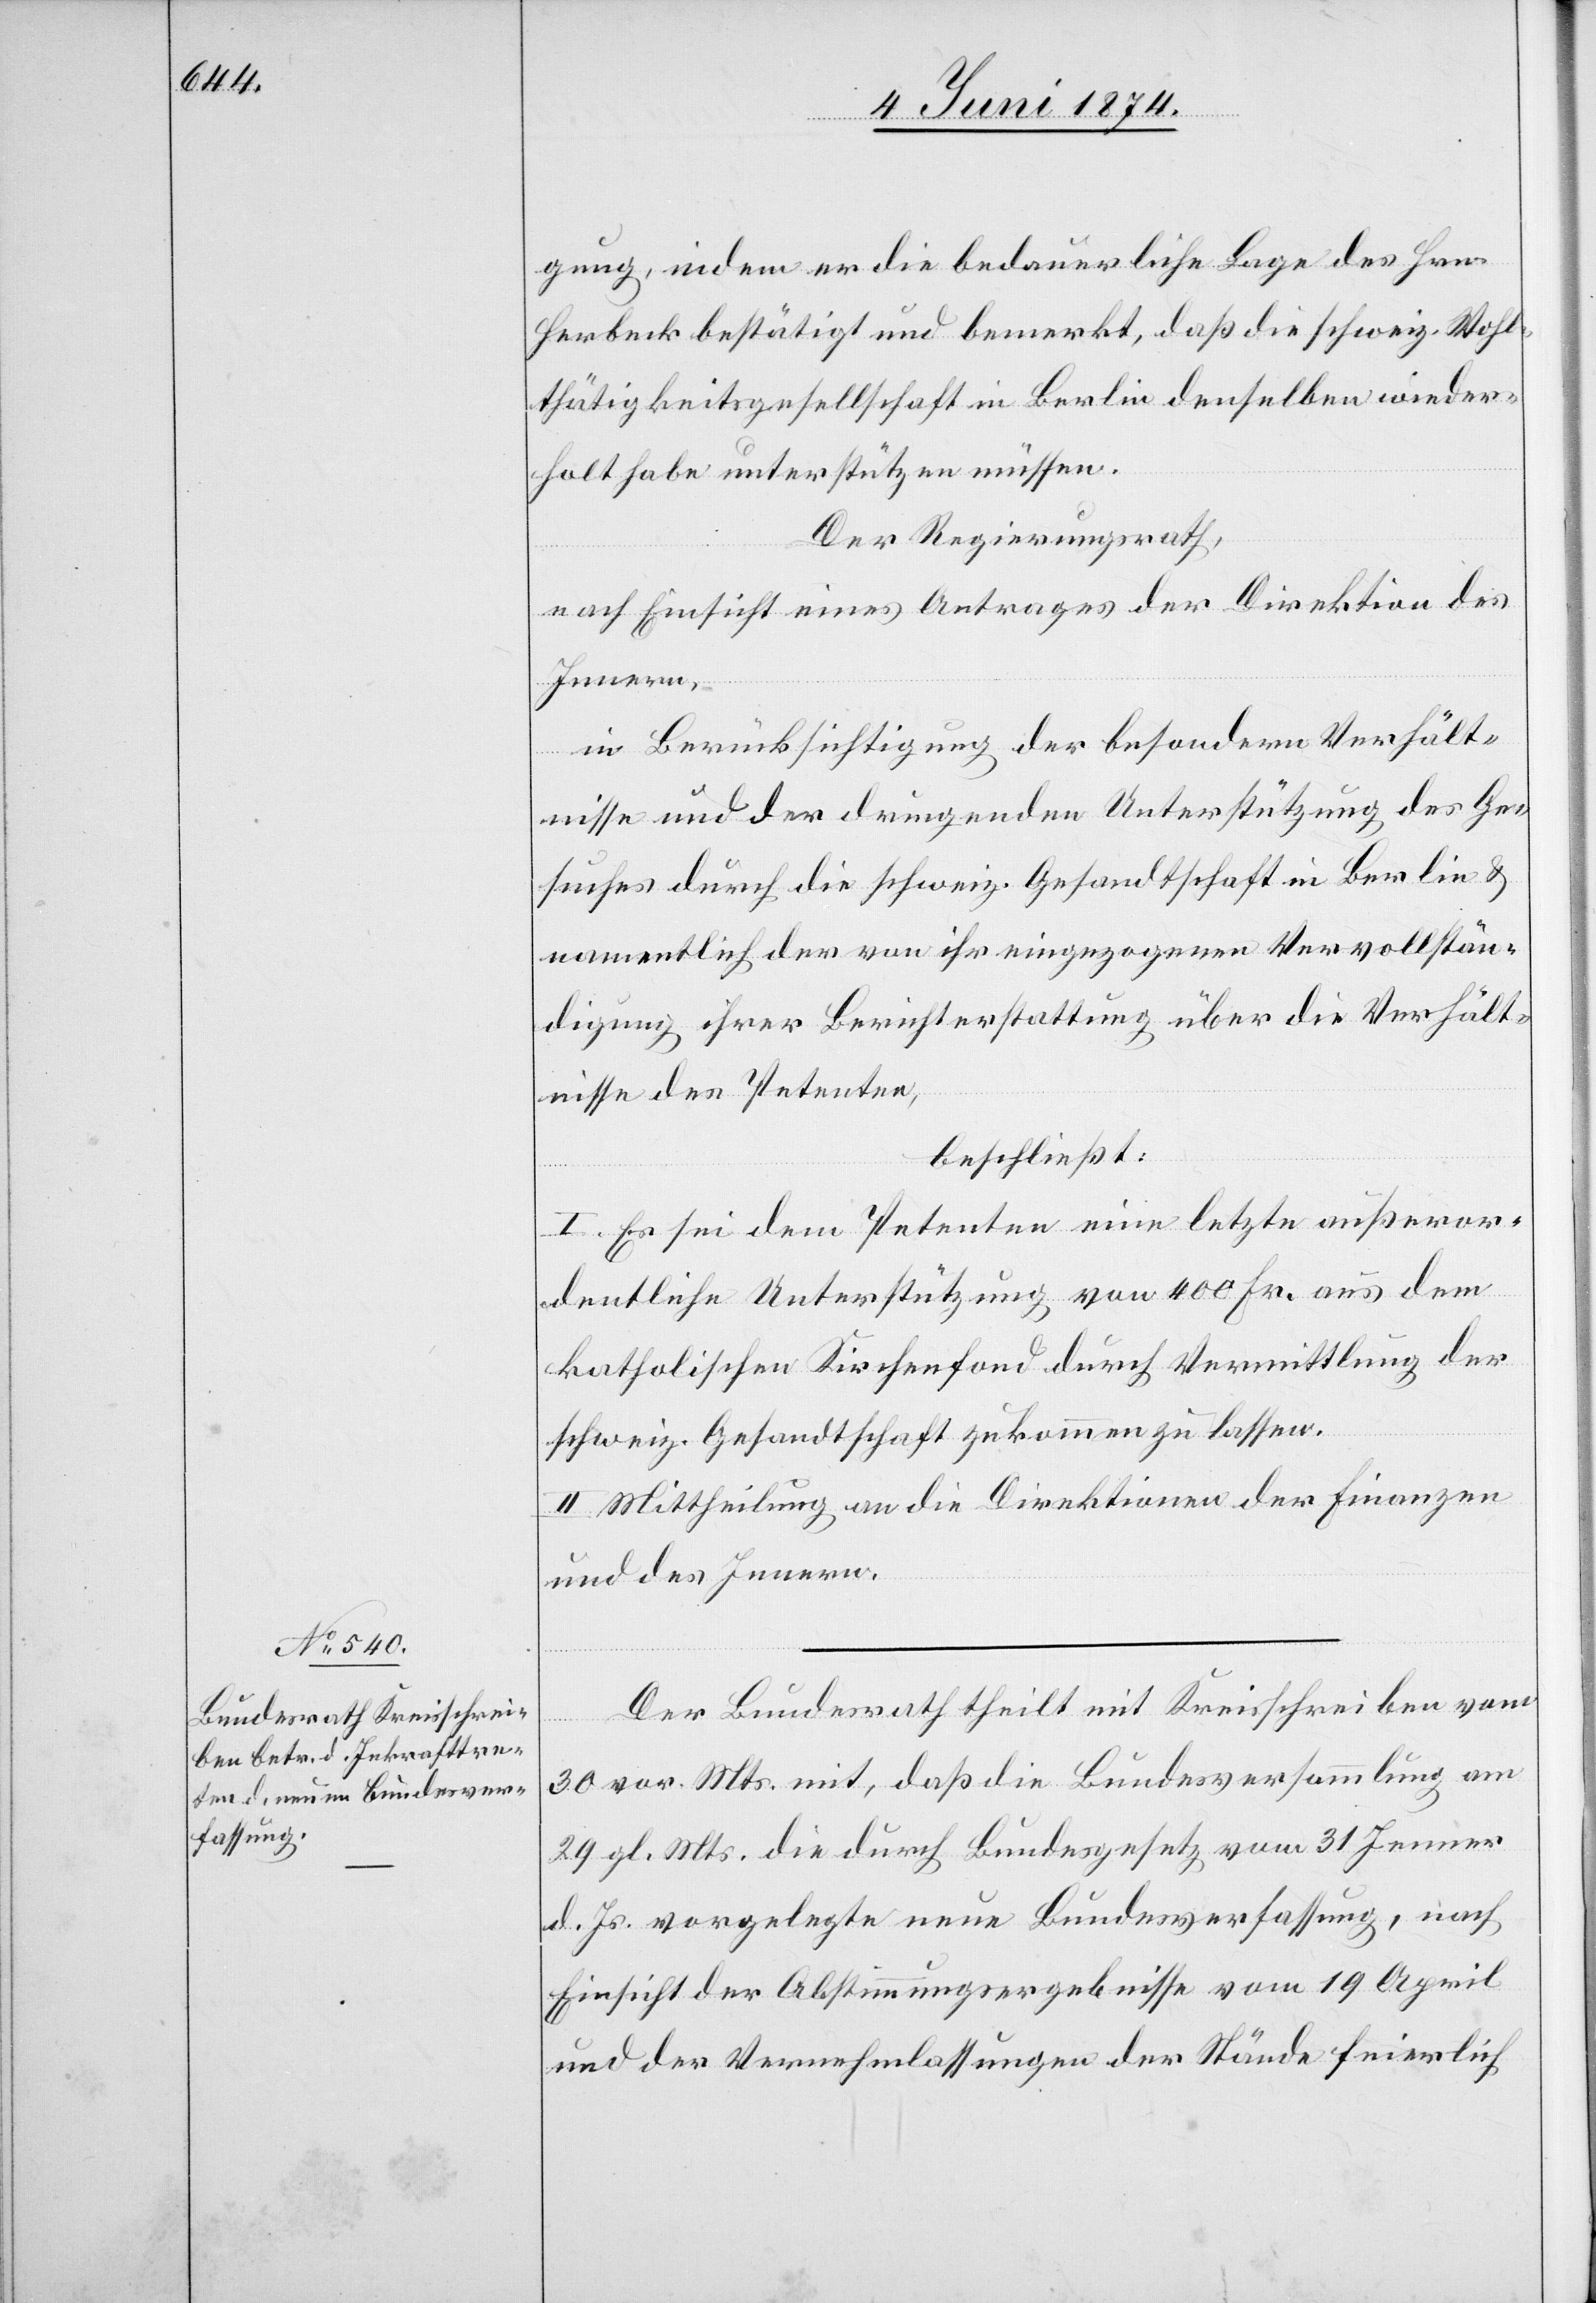
gung, indem er die bedauerliche Lage des Hrn.
Herbeck bestätigt und bemerkt, daß die schweiz. Wohl¬
thätigkeitsgesellschaft in Berlin denselben wieder¬
holt habe unterstützen müssen.
Der Regierungsrath,
nach Einsicht eines Antrages der Direktion des
Innern,
in Berücksichtigung der besondern Verhält¬
nisse und der dringenden Unterstützung des Ge¬
suches durch die schweiz. Gesandtschaft in Berlin u.
namentlich der von ihr eingezogenen Vervollstän¬
digung ihrer Berichterstattung über die Verhält¬
nisse des Petenten,
beschließt:
I. Es sei dem Petenten eine letzte außeror¬
dentliche Unterstützung von 400 Fr. aus dem
katholischen Kirchenfond durch Vermittlung der
schweiz. Gesandtschaft zukommen zu lassen.
II. Mittheilung an die Direktionen der Finanzen
und des Innern.
Der Bundesrath theilt mit Kreisschreiben vom
30. vor. Mts. mit, daß die Bundesversammlung am
29. gl. Mts. die durch Bundesgesetz vom 31. Jenner
d. Js. vorgelegte neue Bundesverfassung, nach
Einsicht der Abstimmungsergebnisse vom 19. April
und der Vernehmlassungen der Stände feierlich